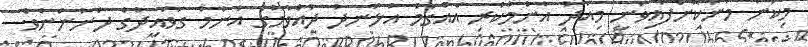
މިކަން މަނާކޮށްފައިވަނީ މިއަދު އާންމުކުރި އެއްގަމު އުޅަނދު ދުއްވުމުގެ އާންމު ގަވައިދުގެ ދަށުންނެވެ.